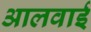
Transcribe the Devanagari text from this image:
आलवाई